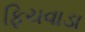
ફિચવાડા